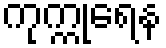
ကုက္ကုရေန